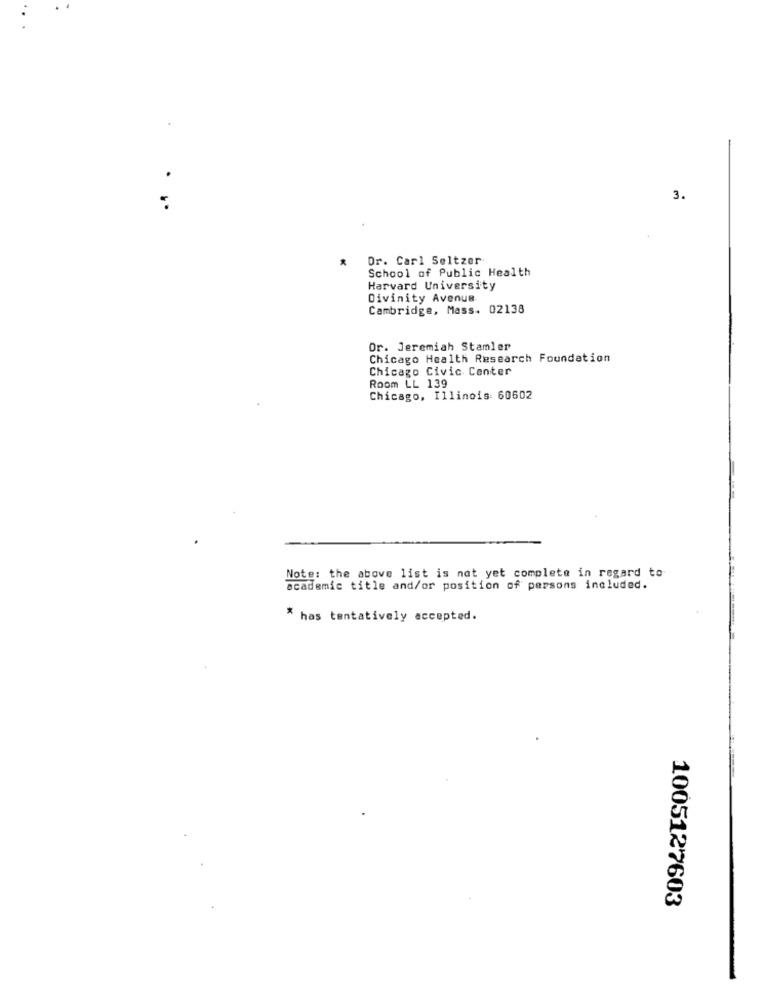
3.
Dr. Carl Seltzer
School of Public Health
Harvard University
Divinity Avenue
Cambridge, Mass. 02138
Or. Jeremiah Stamler
Chicago Health Research Foundation
Chicago Civic Center
Room LL 139
Chicago, Illinois 60602
Note: the above list is not yet complete in regard to
academic title and/or position of persons included.
* has tentatively accepted.
1005127603